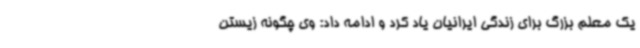
یک معلم بزرگ برای زندگی ایرانیان یاد کرد و ادامه داد: وی چگونه زیستن